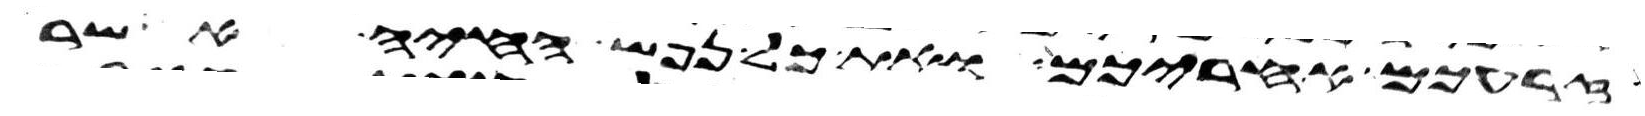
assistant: זרעכם אחריכם ואת כל נפש החיה אשר